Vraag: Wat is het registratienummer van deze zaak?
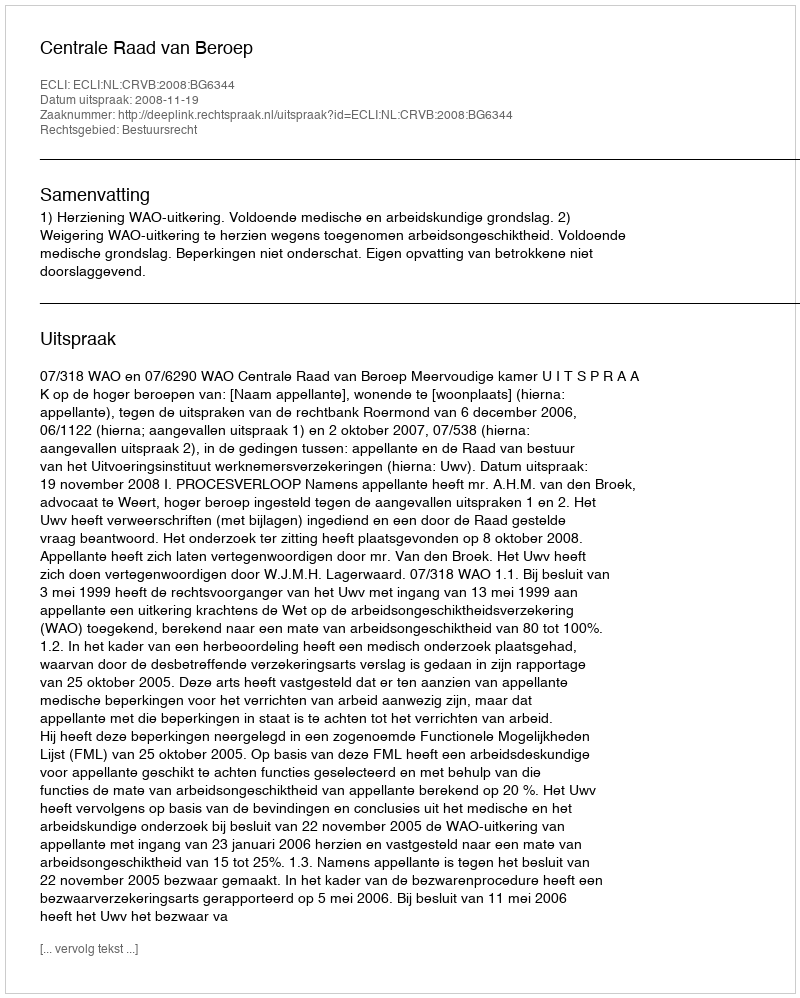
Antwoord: http://deeplink.rechtspraak.nl/uitspraak?id=ECLI:NL:CRVB:2008:BG6344